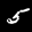
Label: 5